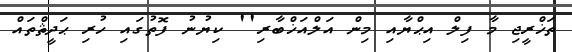
ތަޚްރީޖި މާ ފިލް އިޙްޔާއި މިން އަލްއަޚްބާރި'' ކިޔުނު ފޮތުގައި ހުރި ޙަދީޘްތައް